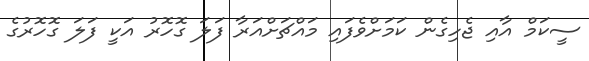
ސީކަމް އާއި ޖެހިގެން ކަމަށްވެފައި މައްޗަށްއަރާ ފަލަ ގޮހޮރު އަކީ ފަލަ ގޮހޮރުގެ